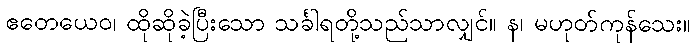
ဧတေယေဝ၊ ထိုဆိုခဲ့ပြီးသော သင်္ခါရတို့သည်သာလျှင်။ န၊ မဟုတ်ကုန်သေး။